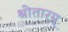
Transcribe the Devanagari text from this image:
श्रोतारम्